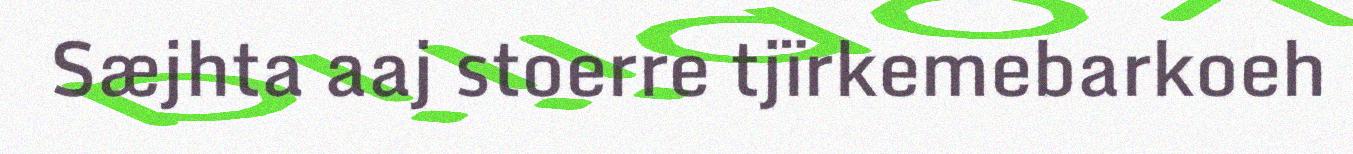
Sæjhta aaj stoerre tjïrkemebarkoeh